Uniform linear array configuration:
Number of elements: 64
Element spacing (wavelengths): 0.25
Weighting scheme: hamming
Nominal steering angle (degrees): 0
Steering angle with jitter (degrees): -1.266
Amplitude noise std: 0.05
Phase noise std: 0.05

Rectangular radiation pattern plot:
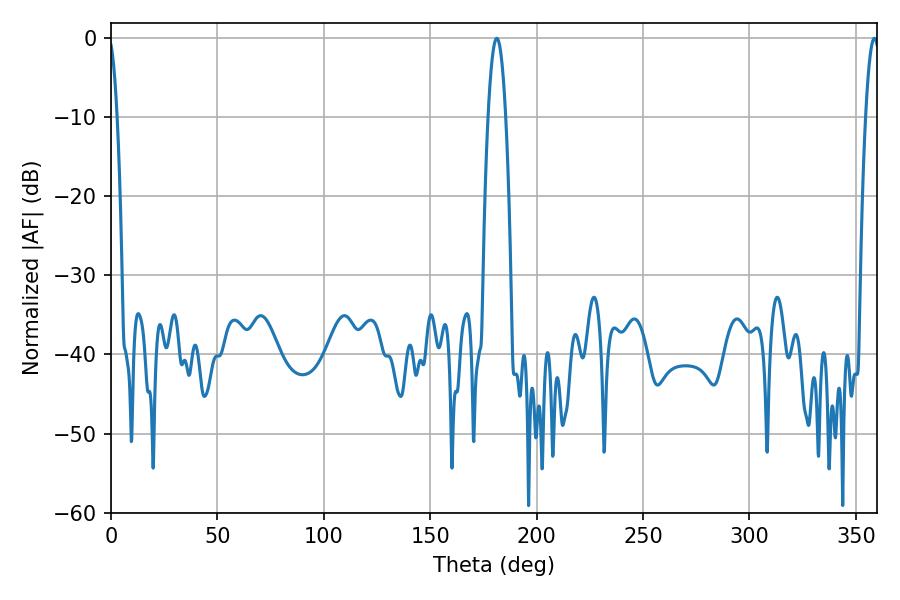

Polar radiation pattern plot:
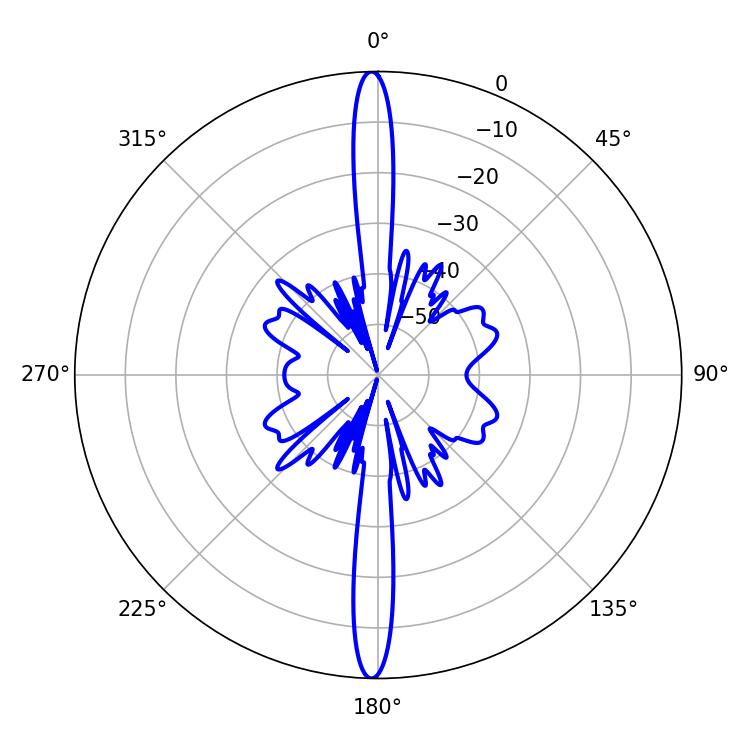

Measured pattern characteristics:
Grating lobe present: FALSE
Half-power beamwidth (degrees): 4.5
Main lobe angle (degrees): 181.26